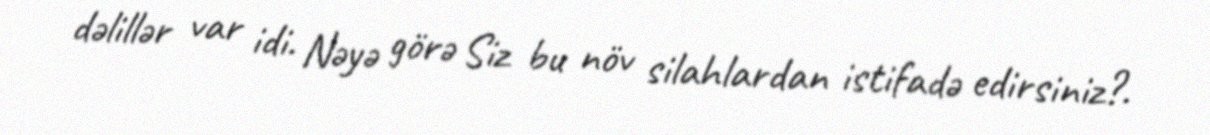
dəlillər var idi. Nəyə görə Siz bu növ silahlardan istifadə edirsiniz?.